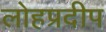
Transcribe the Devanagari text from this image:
लोहप्रदीप